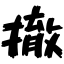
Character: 撤